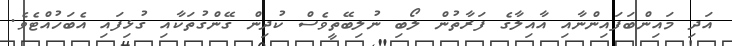
އަދި މައިންބަފައިންނާއި އާއިލާގެ ފަރާތުން ލޯބި ނުލިބޭތީވެސް ކުދިން ގޭންގުތަކާއި ގުޅިފައި އެބަހުއްޓެވެ.